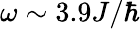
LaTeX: \omega\sim 3.9J/\hbar